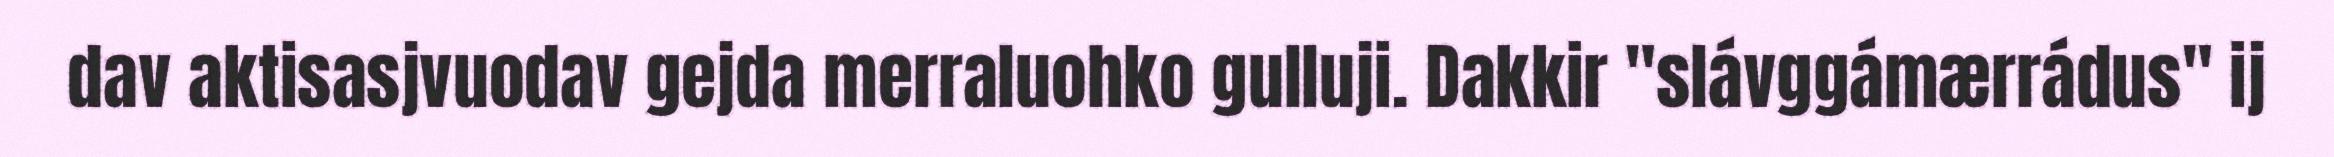
dav aktisasjvuodav gejda merraluohko gulluji. Dakkir "slávggámærrádus" ij